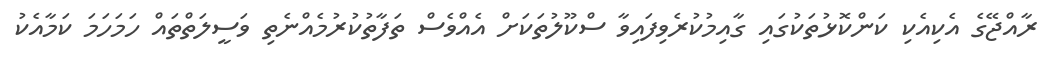
ރާއްޖޭގެ އެކިއެކި ކަންކޮޅުތަކުގައި ގާއިމުކުރެވިފައިވާ ސްކޫލުތަކަށް އެއްވެސް ތަފާތުކުރުމެއްނެތި ވަސީލަތްތައް ހަމަހަމަ ކަމާއެކު